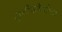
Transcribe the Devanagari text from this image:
दृष्टीकोनांच्या